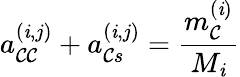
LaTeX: a_{\mathcal{C}\mathcal{C}}^{(\mathit{i},j)}+a_{\mathcal{C}s}^{(\mathit{i},j)}=\frac{{m_{\mathcal{C}}^{(\mathit{i})}}}{{M_{\mathit{i}}}}